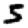
Digit: 5